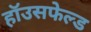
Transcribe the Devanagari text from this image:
हॉउसफेल्ड